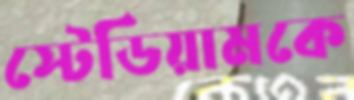
স্টেডিয়ামকে